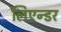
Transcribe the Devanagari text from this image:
लिएन्डर